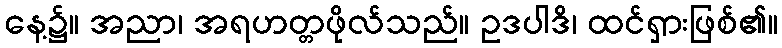
နေ့၌။ အညာ၊ အရဟတ္တဖိုလ်သည်။ ဥဒပါဒိ၊ ထင်ရှားဖြစ်၏။